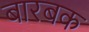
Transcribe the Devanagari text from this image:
बारबक